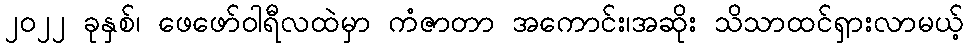
၂၀၂၂ ခုနှစ်၊ ဖေဖော်ဝါရီလထဲမှာ ကံဇာတာ အကောင်း၊အဆိုး သိသာထင်ရှားလာမယ့်